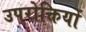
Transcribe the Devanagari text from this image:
उपरोक्तियों